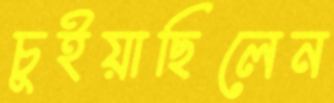
চুইয়াছিলেন